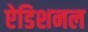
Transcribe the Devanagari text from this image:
ऐडिशनल